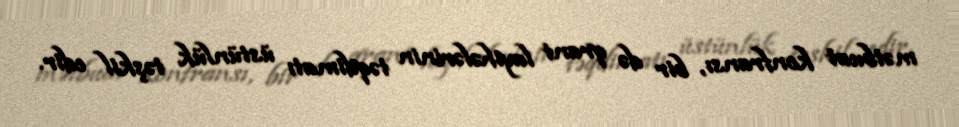
mətbuat konfransı, bir də qrant layihələrinin təqdimatı üstünlük təşkil edir.